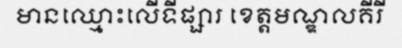
មានឈ្មោះលើទីផ្សារ ខេត្តមណ្ឌលគីរី